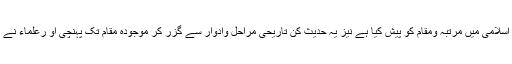
موصوف نے اس کتاب میں حدیث کا فقہ اسلامی میں مرتبہ ومقام کو پیش کیا ہے نیز یہ حدیث کن تاریحی مراحل وادوار سے گزر کر موجودہ مقام تک پہنچی او رعلماء نے اس کی صیانت وتحفظ میں کیا حصہ لیا؟